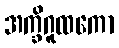
အက္ခိဂူထကော